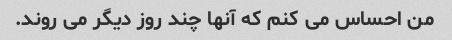
من احساس می کنم که آنها چند روز دیگر می روند.